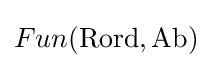
Fun(\mathrm {Rord} ,\mathrm {Ab} )\